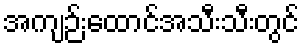
အကျဉ်းထောင်အသီးသီးတွင်